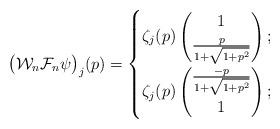
LaTeX: \begin{align*} \big(\mathcal{W}_{n} \mathcal{F}_{n}\psi\big)_{j}(p)= \begin{cases}\zeta_{j}(p) \begin{pmatrix} 1 \\ \frac{p}{1+\sqrt{1+p^2}} \end{pmatrix} ;\\ \zeta_{j}(p) \begin{pmatrix} \frac{-p}{1+\sqrt{1+p^2}} \\ 1 \end{pmatrix} ; \end{cases}\end{align*}